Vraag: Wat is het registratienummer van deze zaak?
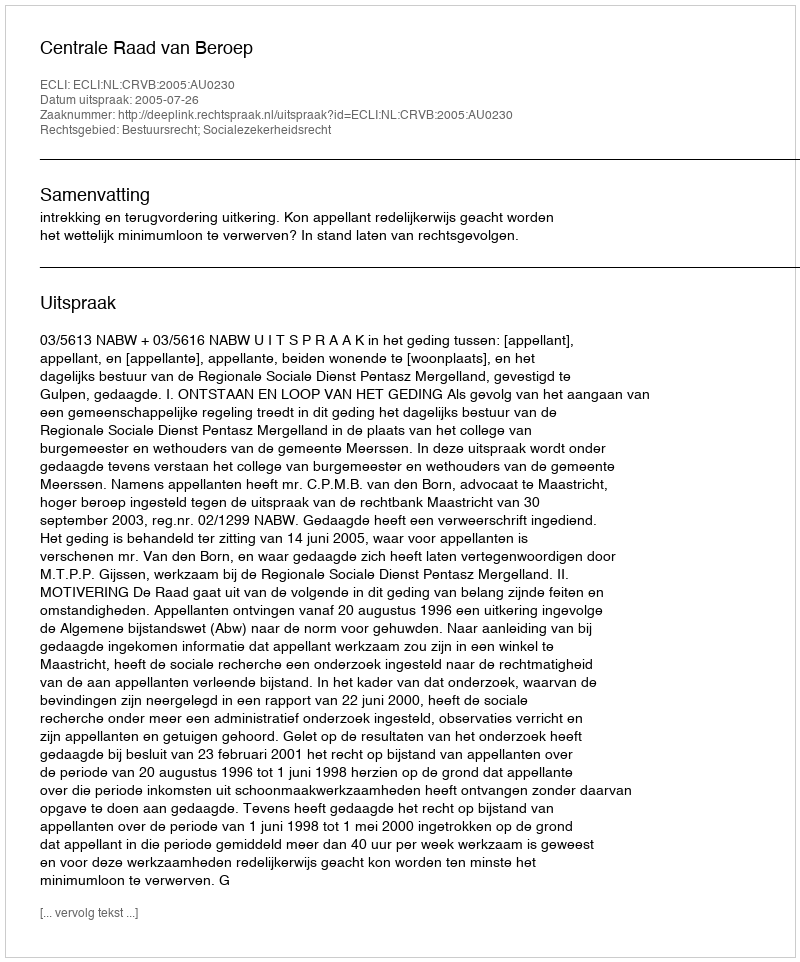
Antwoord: http://deeplink.rechtspraak.nl/uitspraak?id=ECLI:NL:CRVB:2005:AU0230